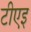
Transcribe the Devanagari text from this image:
टीएइ